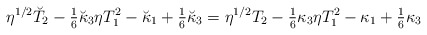
\begin{align*}\eta^{1/2}\breve T_2-{\textstyle{1\over 6}}\breve \kappa_3\eta T_1^2-\breve \kappa_1+{\textstyle{1\over 6}}\breve \kappa_3=\eta^{1/2}T_2-{\textstyle{1\over 6}}\kappa_3\eta T_1^2-\kappa_1+{\textstyle{1\over 6}}\kappa_3\end{align*}